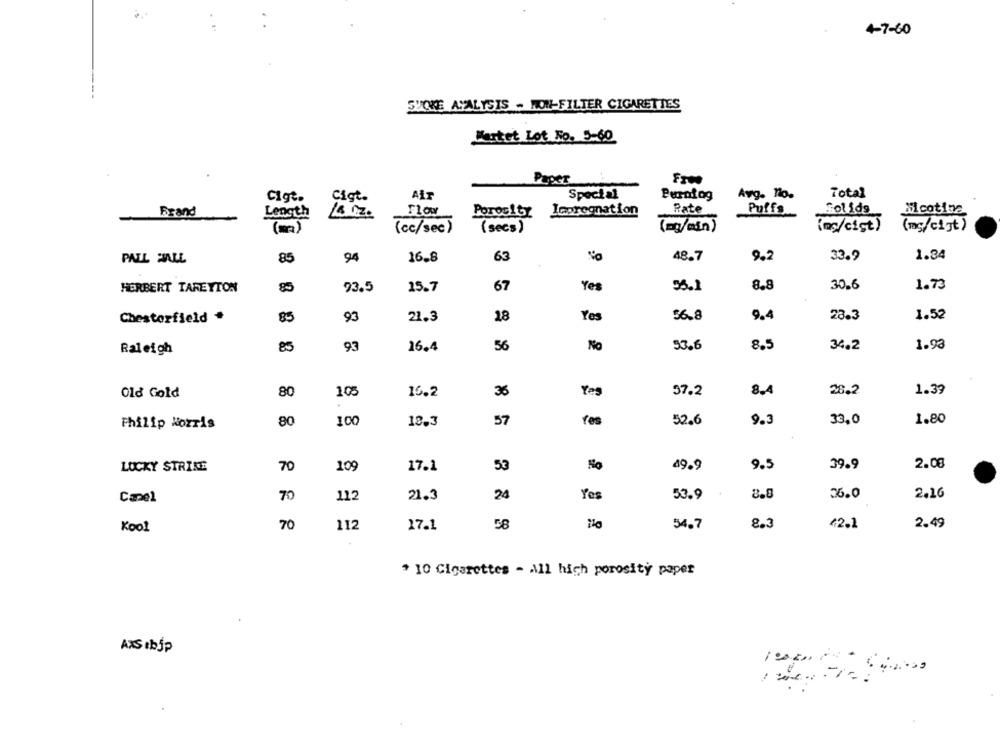
4-7-60
STOKE AYALYSIS - MON-FILTER CIGARETTES
Wartet Lot No. 5-60
Free
AT
Special
Avg. no.
Total
Cigt.
Cigt.
Perafag
Impregnation
Rate
Puffs
Solids
Micotina
Brand
Length
Flow
Porosity
(m)
(cc/sec)
(secs)
(=g/min)
(m/cist)
(m/cist)
9.2
1.34
PALL MALL
85
94
16.8
63
48.7
33.9
Yes
55.1
1.73
HERBERT TAREYTON
85
93.5
15.7
67
8.8
30.6
9.4
1.52
Chesterfield
85
93
21.3
18
Yes
56.8
23.3
No
53.6
8.5
34.2
1.93
Raleigh
85
93
16.4
56
16.2
36
1.39
Old Gold
80
10.
Yes
57.2
8.4
26.2
80
100
57
fes
52.6
9.3
33.0
1.80
Philip Morris
18.3
70
109
No
39.9
2.08
LUCKY STRIKE
17.1
53
49.9
9.5
24
Yes
53.9
8.8
36.0
2,16
Capel
70
112
21.3
70
112
27.1
58
54.7
8.3
42.1
2.49
Kool
* 10 Cigarettes - All high porosity paper
AXSIbjP